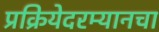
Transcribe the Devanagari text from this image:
प्रक्रियेदरम्यानचा